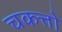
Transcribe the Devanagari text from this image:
चकत्तो